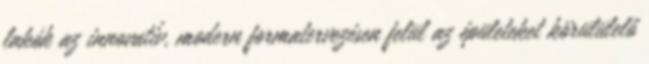
lakók az innovatív, modern formatervezésen felül az épületeket körülülelő